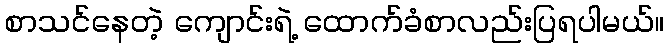
စာသင်နေတဲ့ ကျောင်းရဲ့ ထောက်ခံစာလည်းပြရပါမယ်။